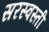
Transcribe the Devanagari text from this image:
सरस्वस्ती